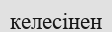
келесінен